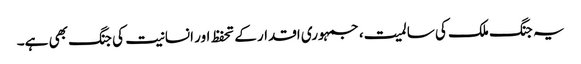
یہ جنگ ملک کی سالمیت، جمہوری اقدار کے تحفظ اور انسانیت کی جنگ بھی ہے۔